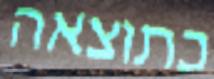
כתוצאה